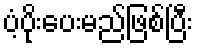
ပံ့ပိုးပေးမည်ဖြစ်ပြီး